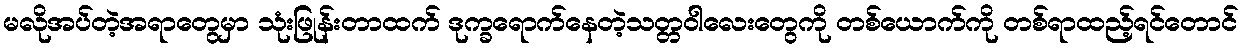
မလိုအပ်တဲ့အရာတွေမှာ သုံးဖြုန်းတာထက် ဒုက္ခရောက်နေတဲ့သတ္တဝါလေးတွေကို တစ်ယောက်ကို တစ်ရာထည့်ရင်တောင်